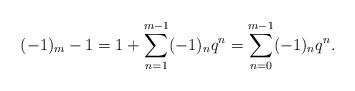
LaTeX: \begin{align*}(-1)_{m}-1=1+\sum_{n=1}^{m-1}(-1)_nq^n=\sum_{n=0}^{m-1}(-1)_nq^n.\end{align*}